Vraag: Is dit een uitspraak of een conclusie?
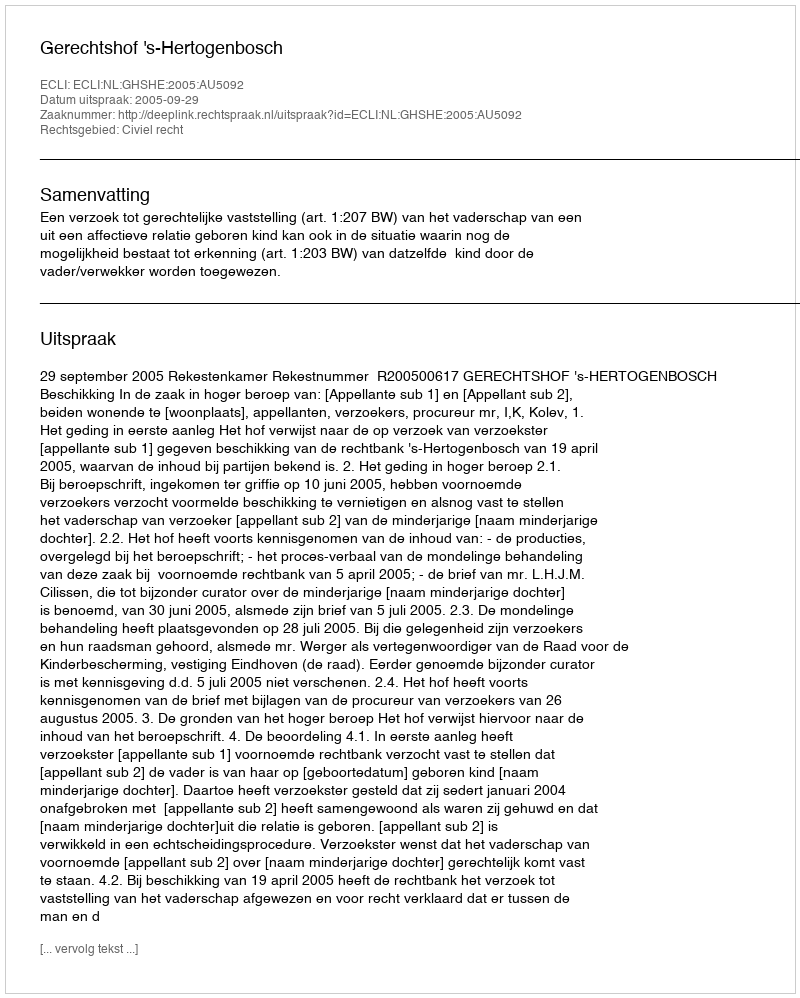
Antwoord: Uitspraak